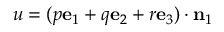
u = ( p \mathbf { e } _ { 1 } + q \mathbf { e } _ { 2 } + r \mathbf { e } _ { 3 } ) \cdot \mathbf { n } _ { 1 }